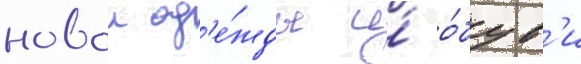
новои од'е́жды и́ о́був'и